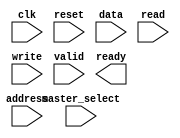
module AHB_bus_controller (
  input wire clk,
  input wire reset,
  input wire [3:0] master_select,
  input wire [31:0] address,
  input wire [31:0] data,
  input wire read,
  input wire write,
  input wire valid,
  output wire ready
);

// Add your Verilog code here

endmodule